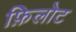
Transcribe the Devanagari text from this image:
फ़िलोट